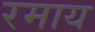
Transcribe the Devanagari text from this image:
रमाय